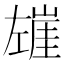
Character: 𰏍